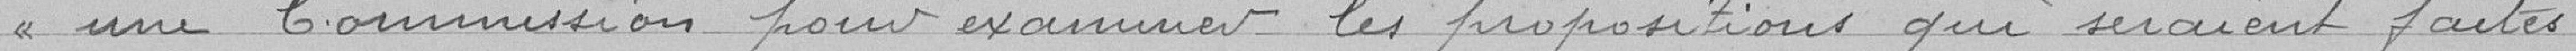
une Commission pour examiner les propositions qui seraient faites.